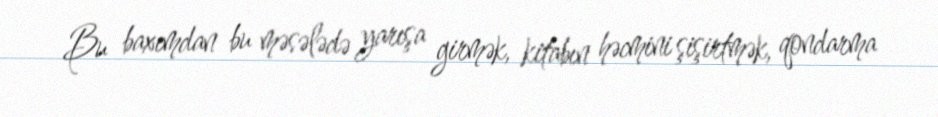
Bu baxımdan bu məsələdə yarışa girmək, kitabın həcmini şişirtmək, qondarma